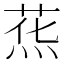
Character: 𰞯